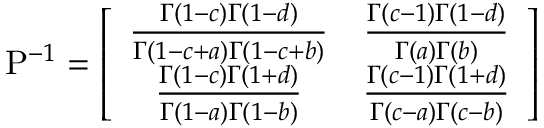
\mathrm { P } ^ { - 1 } = \left[ \begin{array} { c c } { \frac { \Gamma ( 1 - c ) \Gamma ( 1 - d ) } { \Gamma ( 1 - c + a ) \Gamma ( 1 - c + b ) } } & { \frac { \Gamma ( c - 1 ) \Gamma ( 1 - d ) } { \Gamma ( a ) \Gamma ( b ) } } \\ { \frac { \Gamma ( 1 - c ) \Gamma ( 1 + d ) } { \Gamma ( 1 - a ) \Gamma ( 1 - b ) } } & { \frac { \Gamma ( c - 1 ) \Gamma ( 1 + d ) } { \Gamma ( c - a ) \Gamma ( c - b ) } } \end{array} \right]